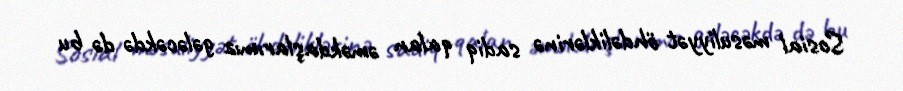
Sosial məsuliyyət öhdəliklərinə sadiq qalan əməkdaşlarımız gələcəkdə də bu